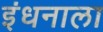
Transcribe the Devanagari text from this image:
इंधनाला